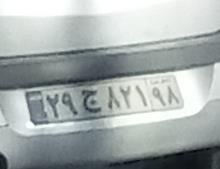
۲۹ج۸۲۱۹۸